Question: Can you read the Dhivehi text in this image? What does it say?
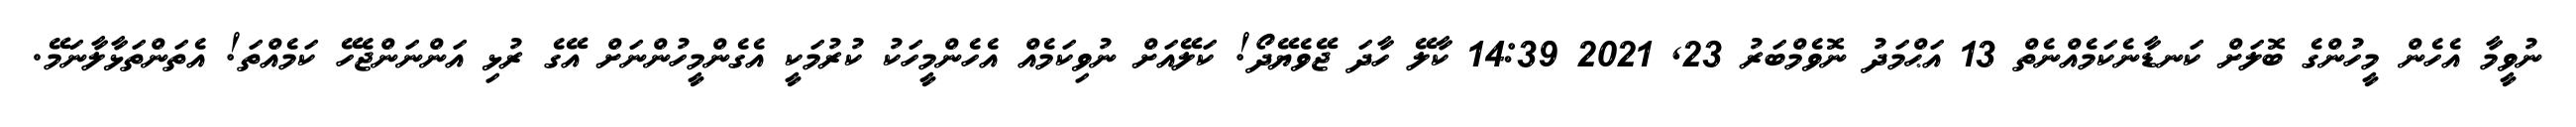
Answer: ނުވީމާ އެހެން މީހުންގެ ބޮލަށް ކަނޑާނެކަމެއްނެތް 13 އަޙްމަދު ނޮވެމްބަރު 23, 2021 14:39 ކާލޭ ހާދަ ޖޭވެޔޭދޯ! ކަލޭއަށް ނުވިކަމެއް އެހެންމީހަކު ކުރުމަކީ އެގެންމީހުންނަށް އޭގެ ރުޅި އަންނަންޖެހޭ ކަމެއްތަ! އެތަންތަޅާލާނަމޭ.